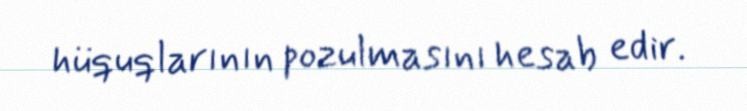
hüquqlarının pozulmasını hesab edir.